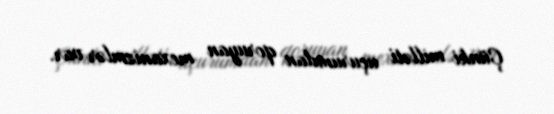
Çünki milləti uçurumdan qoruyan mexanizmlər var.